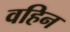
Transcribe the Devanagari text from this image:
वहिन